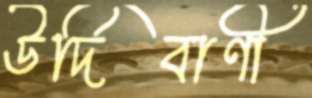
উর্দিবাণী